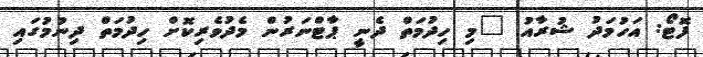
ފޮޓޯ: އަހުމަދު ޝުރާއު "މި ހިދުމަތް ދެނީ ޕާޓްނަރުން މެދުވެރިކޮށް ހިދުމަތް ދިނުމުގައި